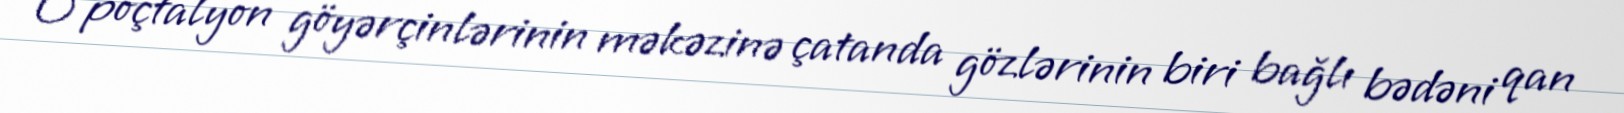
O poçtalyon göyərçinlərinin məkəzinə çatanda gözlərinin biri bağlı bədəni qan